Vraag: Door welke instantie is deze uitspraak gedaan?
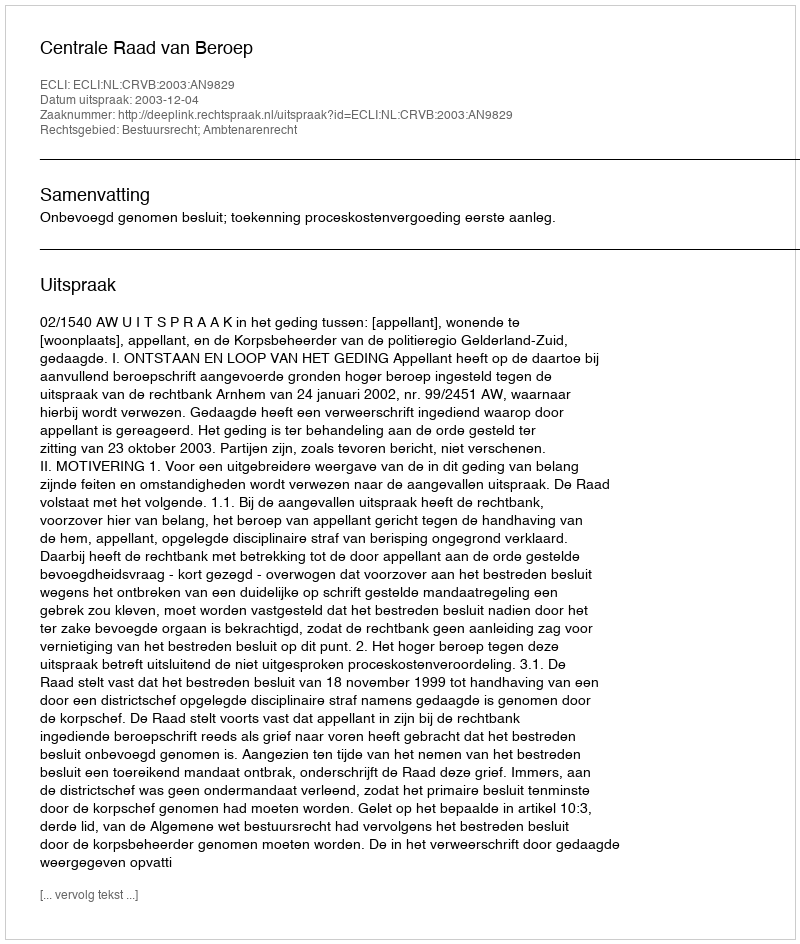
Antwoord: Centrale Raad van Beroep